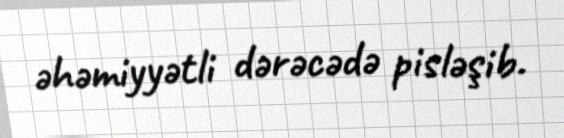
əhəmiyyətli dərəcədə pisləşib.